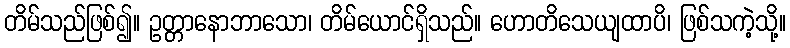
တိမ်သည်ဖြစ်၍။ ဥတ္တာနောဘာသော၊ တိမ်ယောင်ရှိသည်။ ဟောတိသေယျထာပိ၊ ဖြစ်သကဲ့သို့။